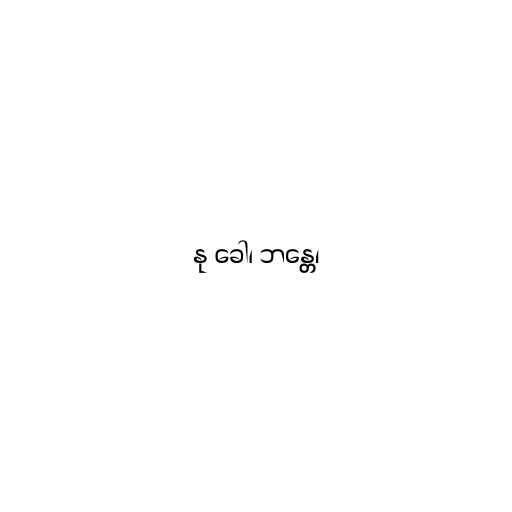
နု ခေါ၊ ဘန္တေ၊